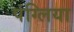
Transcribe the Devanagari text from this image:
पंग्लिया